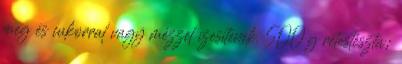
meg és cukorral vagy mézzel ízesítenek. 500 g rétestészta;